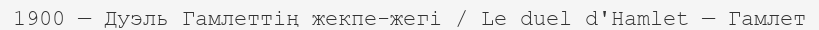
1900 — Дуэль Гамлеттің жекпе-жегі / Le duel d'Hamlet — Гамлет